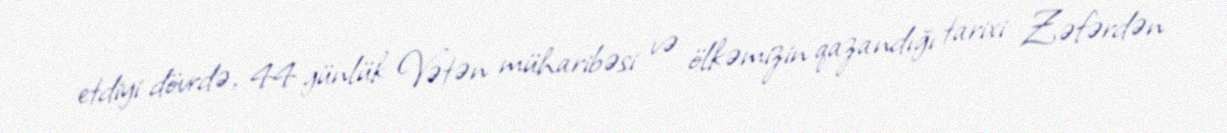
etdiyi dövrdə, 44 günlük Vətən müharibəsi və ölkəmizin qazandığı tarixi Zəfərdən